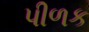
પીળક